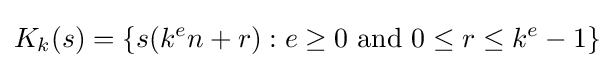
K_{k}(s)=\{s(k^{e}n+r):e\geq 0{\text{ and }}0\leq r\leq k^{e}-1\}